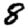
Digit: 8